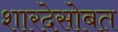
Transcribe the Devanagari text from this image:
शारदेसोबत